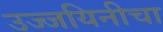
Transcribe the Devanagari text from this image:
उज्जयिनीचा